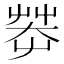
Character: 𱽞